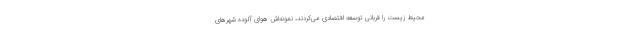
محیط زیست را قربانی توسعه اقتصادی می‌کردند، نمونه‌اش هوای آلوده شهرهای